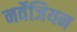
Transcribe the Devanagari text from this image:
नर्वेजियन